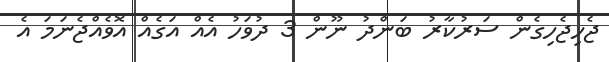
ޖެހިޖެހިގެން ސަރުކާރު ބަންދު ނޫން 3 ދުވަހު އެއް އަގެއް އޮވެއްޖެނަމަ އެ